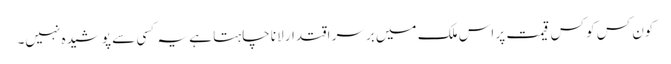
کون کس کو کس قیمت پر اس ملک میں برسرِ اقتدار لانا چاہتا ہے یہ کسی سے پوشیدہ نہیں۔